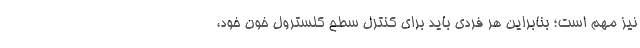
نیز مهم است؛ بنابراین هر فردی باید برای کنترل سطح کلسترول خون خود،